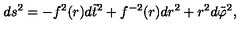
d s ^ { 2 } = - f ^ { 2 } ( r ) d \tilde { t } ^ { 2 } + f ^ { - 2 } ( r ) d r ^ { 2 } + r ^ { 2 } d \tilde { \varphi } ^ { 2 } ,